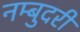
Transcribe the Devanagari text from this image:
नम्बुदरी